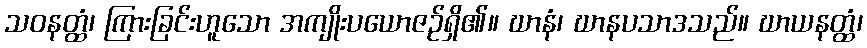
သဝနတ္ထံ၊ ကြားခြင်းဟူသော အကျိုးပယောဇဉ်ရှိ၏။ ဃာနံ၊ ဃာနပသာဒသည်။ ဃာယနတ္ထံ၊